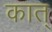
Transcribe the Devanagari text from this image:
कात्‌